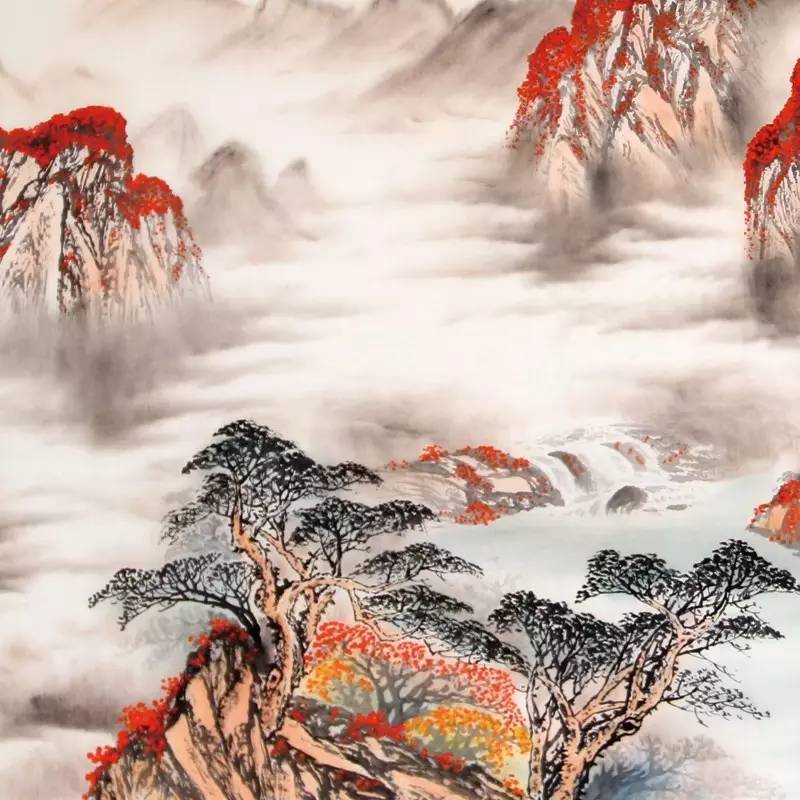
繁霜尽是心头血，洒向千峰秋叶丹。